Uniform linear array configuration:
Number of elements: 24
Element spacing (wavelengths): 0.5
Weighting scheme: hamming
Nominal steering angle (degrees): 0
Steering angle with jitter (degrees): -0.4659
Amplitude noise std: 0.05
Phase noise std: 0.05

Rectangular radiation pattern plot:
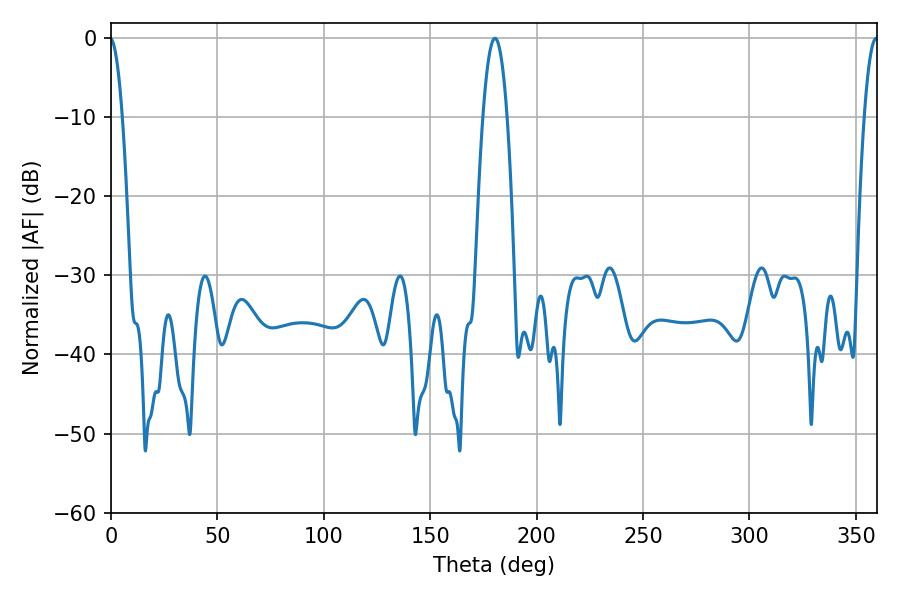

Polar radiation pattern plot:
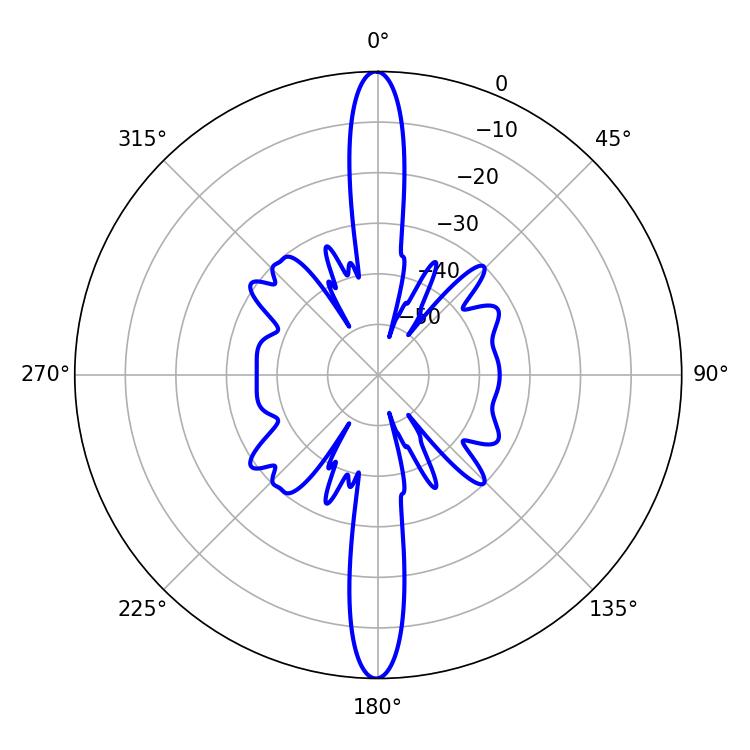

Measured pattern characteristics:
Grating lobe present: FALSE
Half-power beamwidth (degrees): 6.3
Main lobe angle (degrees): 180.36